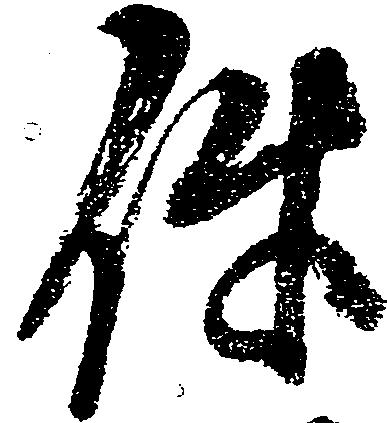
件